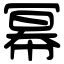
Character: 幂